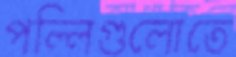
পল্লিগুলোতে